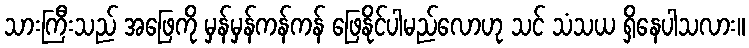
သားကြီးသည် အဖြေကို မှန်မှန်ကန်ကန် ဖြေနိုင်ပါမည်လောဟု သင် သံသယ ရှိနေပါသလား။